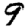
Digit: 9